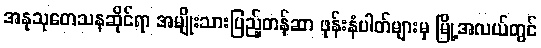
အနုသုတေသနဆိုင်ရာ အမျိုးသားပြည့်တန်ဆာ ဖုန်းနံပါတ်များမှ မြို့အလယ်တွင်